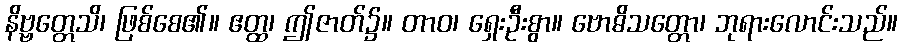
နိဗ္ဗတ္တေသိ၊ ဖြစ်စေ၏။ ဧတ္ထ၊ ဤဇာတ်၌။ တာဝ၊ ရှေးဦးစွာ။ ဗောဓိသတ္တော၊ ဘုရားလောင်းသည်။